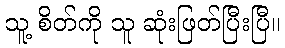
သူ့ စိတ်ကို သူ ဆုံးဖြတ်ပြီးပြီ။